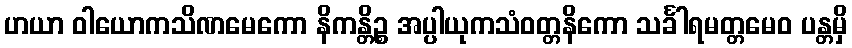
ဟယာ ဝါယောကသိဏမေကော နိကန္တိဉ္စ အပ္ပါယုကသံဝတ္တနိကော သင်္ခါရမတ္တမေဝ ပန္တမှိ